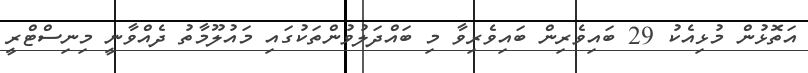
އަތޮޅުން މުޅިއެކު 29 ބައިވެރިން ބައިވެރިވާ މި ބައްދަލުވުންތަކުގައި މައުލޫމާތު ދެއްވާނީ މިނިސްޓްރީ